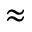
\approx